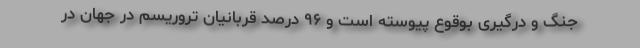
جنگ و درگیری بوقوع پیوسته است و ۹۶ درصد قربانیان تروریسم در جهان در